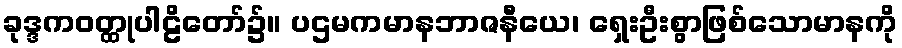
ခုဒ္ဒကဝတ္ထုပါဠိတော်၌။ ပဌမကမာနဘာဇနီယေ၊ ရှေးဦးစွာဖြစ်သောမာနကို